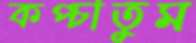
কপ্‌চাতুম